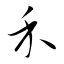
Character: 禾